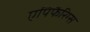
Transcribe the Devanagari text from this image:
एपिफैरिग्स